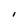
Character: I